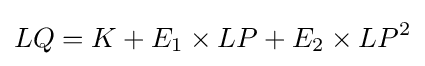
LQ=K+E_{1}\times LP+E_{2}\times LP^{2}